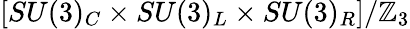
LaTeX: [SU(3)_{C}\times SU(3)_{L}\times SU(3)_{R}]/\mathbb{Z}_{3}